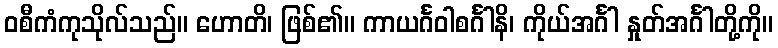
ဝစီကံကုသိုလ်သည်။ ဟောတိ၊ ဖြစ်၏။ ကာယင်္ဂဝါစင်္ဂါနိ၊ ကိုယ်အင်္ဂါ နှုတ်အင်္ဂါတို့ကို။